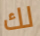
لك